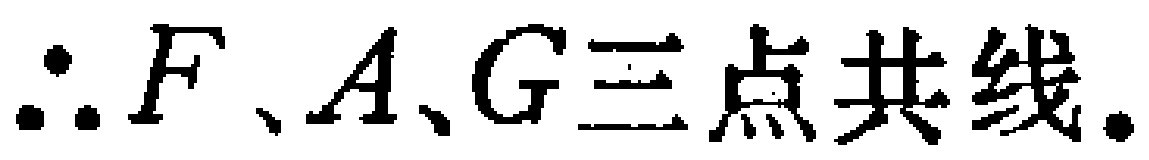
\(\therefore F、A、G三点共线.\)